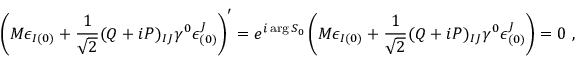
\left( M \epsilon _ { I ( 0 ) } + { \frac { 1 } { \sqrt 2 } } ( Q + i P ) _ { I J } \gamma ^ { 0 } \epsilon _ { ( 0 ) } ^ { J } \right) ^ { \prime } = e ^ { i \arg S _ { 0 } } \left( M \epsilon _ { I ( 0 ) } + { \frac { 1 } { \sqrt 2 } } ( Q + i P ) _ { I J } \gamma ^ { 0 } \epsilon _ { ( 0 ) } ^ { J } \right) = 0 \ ,